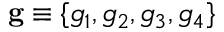
\mathbf { g } \equiv \{ g _ { 1 } , g _ { 2 } , g _ { 3 } , g _ { 4 } \}